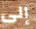
إلى